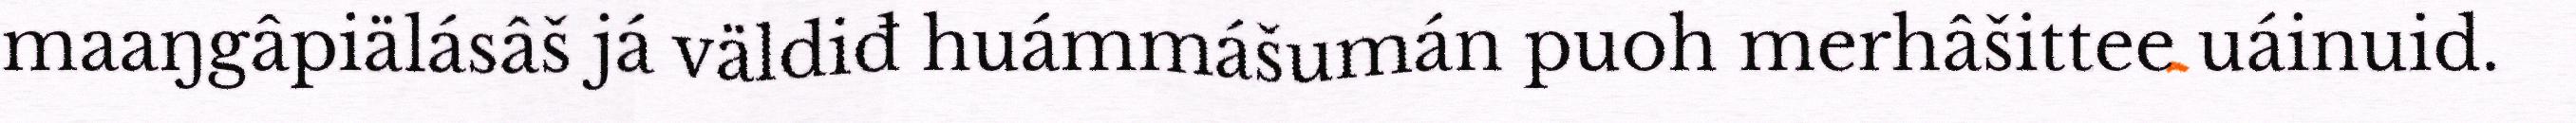
maaŋgâpiälásâš já väldiđ huámmášumán puoh merhâšittee uáinuid.